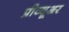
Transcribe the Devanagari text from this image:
प्रीव्यूअर